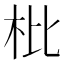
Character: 枇